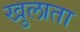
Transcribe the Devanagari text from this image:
खुलाता